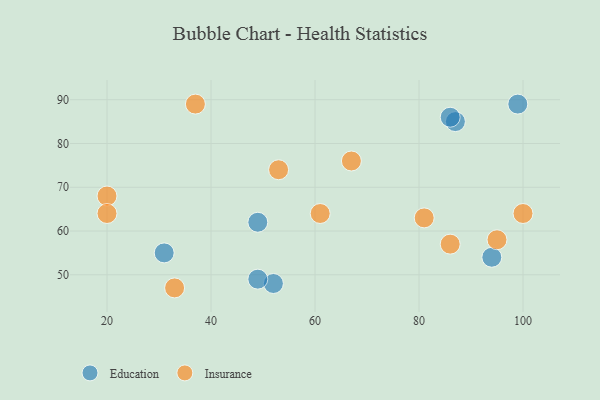
{"axis": {"x": "GDP", "y": "Life Expectancy"}, "legend": ["Education", "Insurance"], "data": [{"x": "31", "y": 55, "type": "Education"}, {"x": "52", "y": 48, "type": "Education"}, {"x": "49", "y": 49, "type": "Education"}, {"x": "87", "y": 85, "type": "Education"}, {"x": "49", "y": 62, "type": "Education"}, {"x": "94", "y": 54, "type": "Education"}, {"x": "86", "y": 86, "type": "Education"}, {"x": "99", "y": 89, "type": "Education"}, {"x": "37", "y": 89, "type": "Insurance"}, {"x": "86", "y": 57, "type": "Insurance"}, {"x": "100", "y": 64, "type": "Insurance"}, {"x": "20", "y": 68, "type": "Insurance"}, {"x": "67", "y": 76, "type": "Insurance"}, {"x": "20", "y": 64, "type": "Insurance"}, {"x": "61", "y": 64, "type": "Insurance"}, {"x": "53", "y": 74, "type": "Insurance"}, {"x": "95", "y": 58, "type": "Insurance"}, {"x": "81", "y": 63, "type": "Insurance"}, {"x": "33", "y": 47, "type": "Insurance"}]}